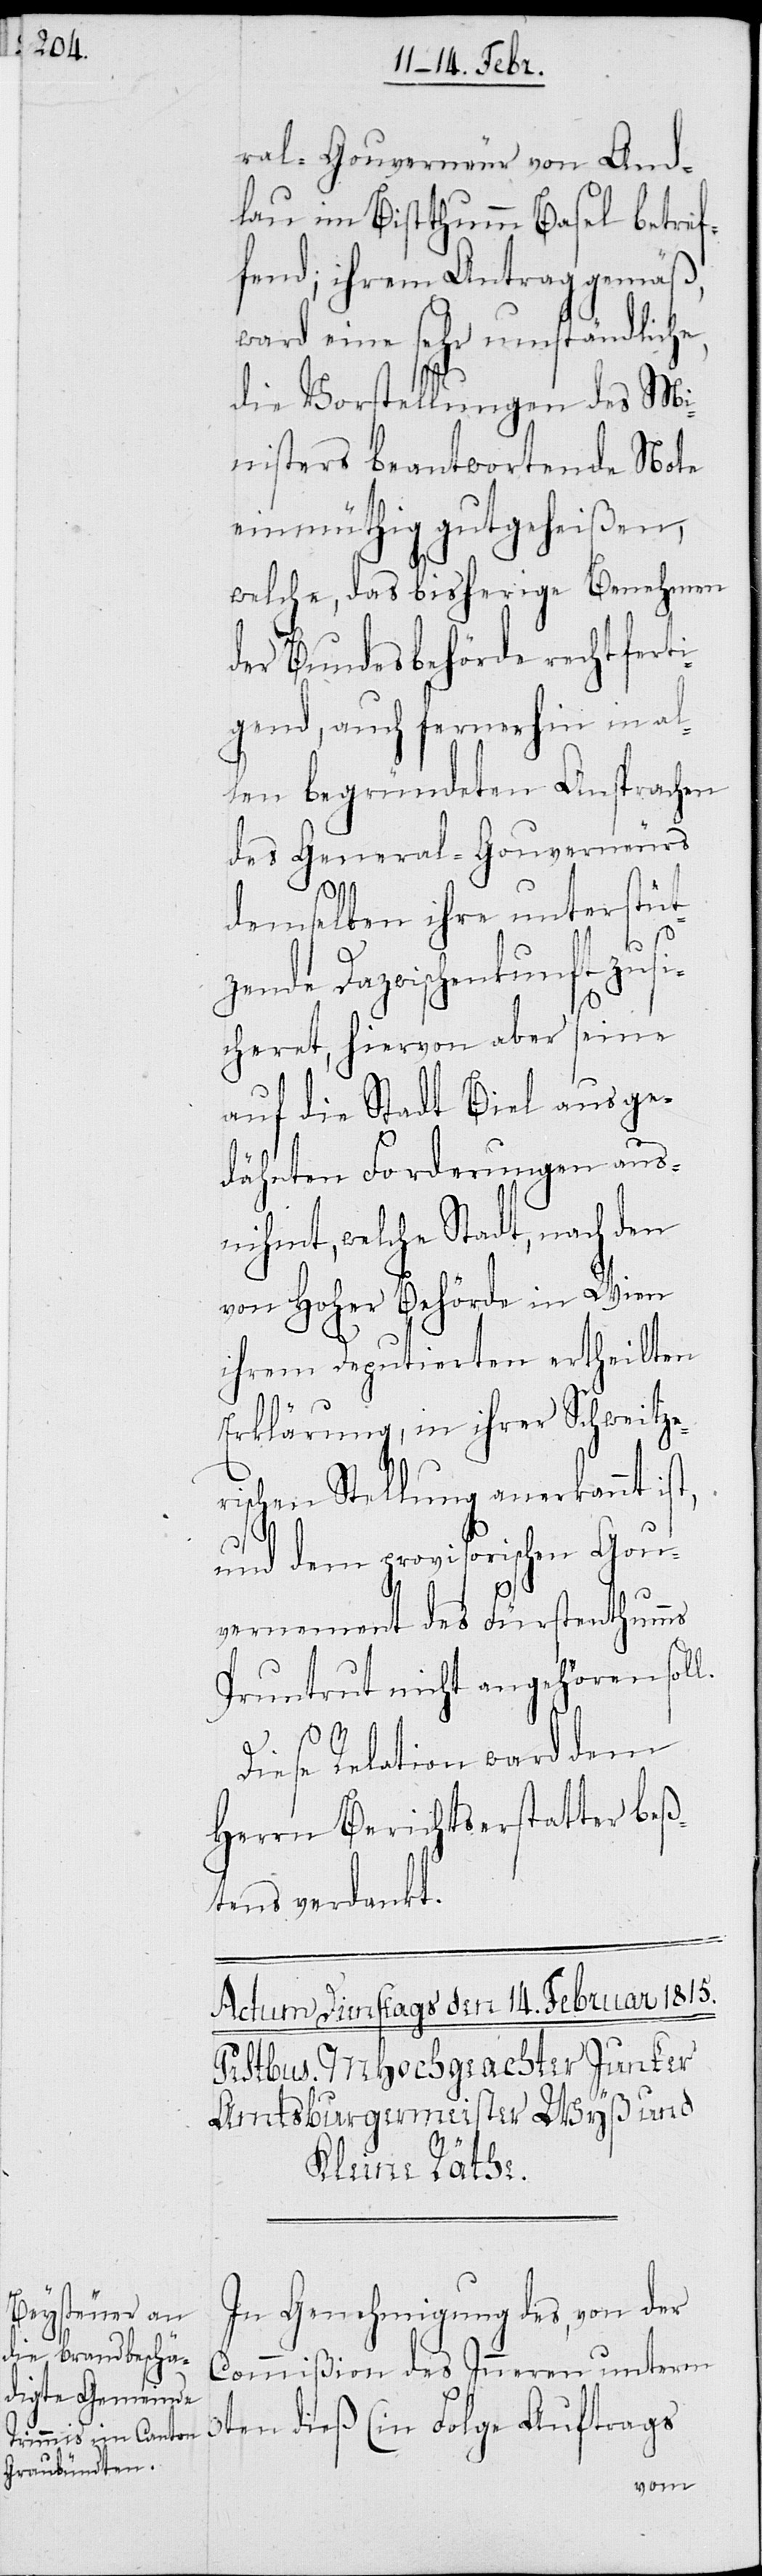
ral-Gouverneur von And¬
lau im Bisthumm Basel betref¬
fend; ihrem Antrag gemäß,
ward eine sehr umständliche,
die Vorstellungen des Mi¬
nisters beantwortende Note
einmüthig gutgeheißen,
welche, das bisherige Benehmen
der Bundesbehörde rechtferti¬
gend, auch fernerhin in al¬
len begründeten Ansprachen
des General-Gouverneurs
ist,
demselben ihre unterstüt¬
zende Dazwischenkunft zusi¬
cheret, hiervon aber seine
auf die Stadt Biel aus ge¬
dähnten Forderungen aus¬
nihmt, welche Stadt, nach den
von Hoher Behörde in Wien
ihrem Deputierten ertheilten
Erklärung, in ihrer Schweitze¬
rischen Stellung anerkannt
und dem provisorischen Gou¬
vernement des Fürstenthumms
Pruntrut nicht angehören soll.
Diese Relation ward dem
Herrn Berichtserstatter beß¬
tens verdankt.
In Genehmigung des, von der
Commißion des Inneren unterm
3ten dieß (in Folge Auftrags